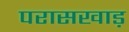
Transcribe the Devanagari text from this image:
परासखाड़